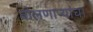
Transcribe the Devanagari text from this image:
बोलणाऱ्यांचा